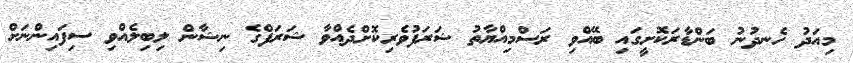
މިއަދު ހެނދުނު ބަންޑާރަކޮށީގައި ބޭއްވި ރަސްމިއްޔާތު ޝަރަފުވެރިކޮށްދެއްވާ ޝަރަފްގެ ނިޝާން ލިބިލެއްވި ސިފައިންނަށް